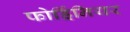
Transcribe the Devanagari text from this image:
फोर्ड्रिनियर